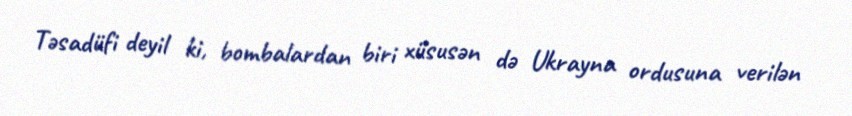
Təsadüfi deyil ki, bombalardan biri xüsusən də Ukrayna ordusuna verilən